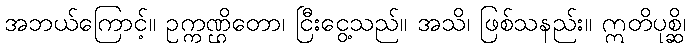
အဘယ်ကြောင့်။ ဥက္ကဏ္ဌိတော၊ ငြီးငွေ့သည်။ အသိ၊ ဖြစ်သနည်း။ ဣတိပုစ္ဆိ၊